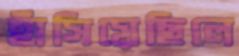
হাঁসিয়েছিলে